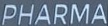
PHARMA